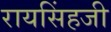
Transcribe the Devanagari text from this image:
रायसिंहजी